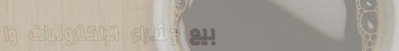
بيع وشراء الإلكترونيات وا